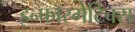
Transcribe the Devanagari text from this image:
इन्‍फॉरमेटिक्‍स